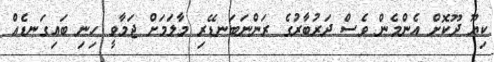
ކިޔޫ ދޫކޮށް އެންމެން ވެސް ދަރުބާރުގެ ރަންނަބަނޑޭރި މާލަމަށް ޖަމާވީ ހިނި ބައިގަނޑެއް